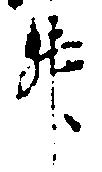
升